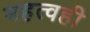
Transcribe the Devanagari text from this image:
महत्वही